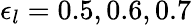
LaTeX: \epsilon_{l}=0.5,0.6,0.7